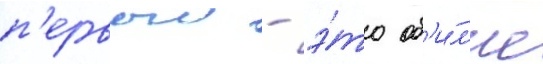
п'ервыи - э́то об'и́л'ие